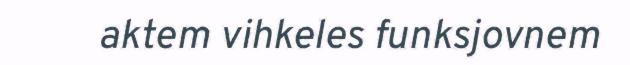
aktem vihkeles funksjovnem